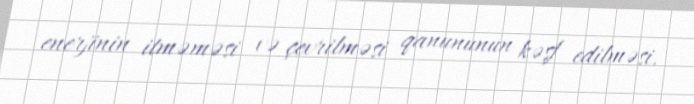
enerjinin itməməsi və çevrilməsi qanununun kəşf edilməsi.